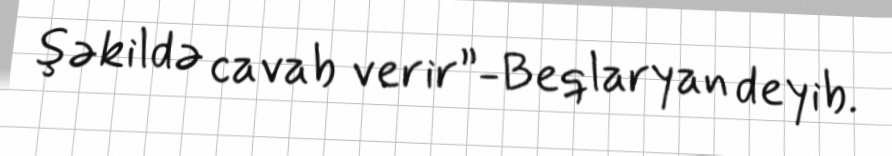
şəkildə cavab verir”-Beqlaryan deyib.